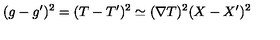
( g - g ^ { \prime } ) ^ { 2 } = ( T - T ^ { \prime } ) ^ { 2 } \simeq ( \nabla T ) ^ { 2 } ( X - X ^ { \prime } ) ^ { 2 }